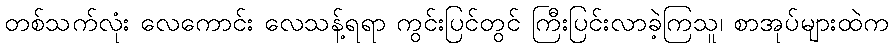
တစ်သက်လုံး လေကောင်း လေသန့်ရရာ ကွင်းပြင်တွင် ကြီးပြင်းလာခဲ့ကြသူ၊ စာအုပ်များထဲက